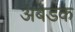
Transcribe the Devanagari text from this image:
अबडक